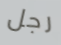
رجل